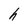
Character: h